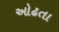
ઓઢતા